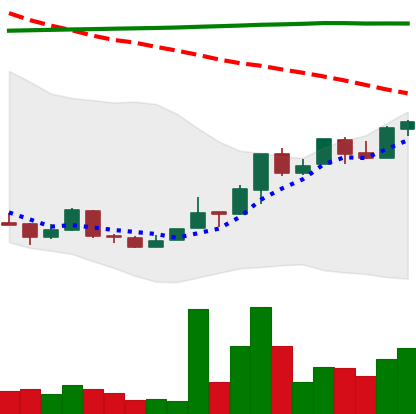
Ticker: NEO-USD
Chart end date: 2018-04-19
Forward return: 11.982%
Label: up_7plus